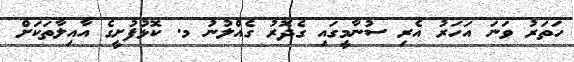
ހަތަރު ވަނަ އަހަރު އެރި ސުނާމީގައި ގެދޮރު ގެއްލުނު މ. ކޮޅުފުށީގެ އާއިލާތަކަށް